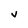
Character: V